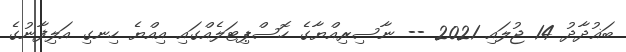
ބަޣުދާދު 14 ޖުލައި 2021 -- ނާސިރިއްޔާގެ ހޮސްޕިޓަލެއްގައި އިއްޔެ ހިނގި އަލިފާނުގެ